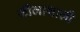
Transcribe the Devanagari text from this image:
लीलाशाली